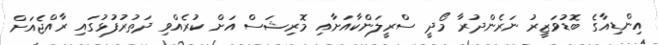
އިންޑިއާގެ ބޮޑުވަޒީރު ނަރެންދުރާ މޯދީ ސްރީލަންކާއަށާއި މޮރިޝަސް އަށް ކުރެއްވި ދަތުރުފުޅުގައި ރާއްޖެއަށް